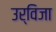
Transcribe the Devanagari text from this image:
उर्विजा